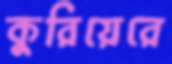
কুরিয়েরে